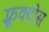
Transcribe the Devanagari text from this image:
फ़्रूक्टोस